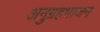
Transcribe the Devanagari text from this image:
अनुग्रहभाजन